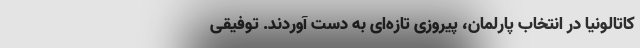
کاتالونیا در انتخاب پارلمان، پیروزی تازه‌ای به دست آوردند. توفیقی